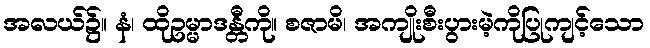
အလယ်၌။ နံ၊ ထိုဥမ္မာဒန္တီကို။ စဇာမိ၊ အကျိုးစီးပွားမဲ့ကိုပြုကျင့်သော